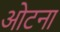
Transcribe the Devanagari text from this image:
ओटना